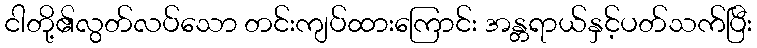
ငါတို့၏လွတ်လပ်သော တင်းကျပ်ထားကြောင်း အန္တရာယ်နှင့်ပတ်သက်ပြီး